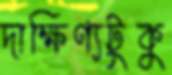
দাক্ষিণ্যটুকু